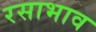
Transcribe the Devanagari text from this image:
रसाभाव